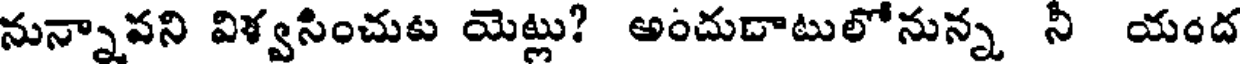
నున్నావని విళ్వసించుట యెట్లు? అందుదాటులోనున్న నీ యంద